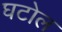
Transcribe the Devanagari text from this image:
घटोल